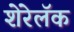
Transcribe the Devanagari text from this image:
शेरेलॅक